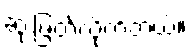
ဆုံးဖြတ်လိုက်တယ်။